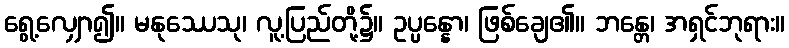
ရွေ့လျှော၍။ မနုဿေသု၊ လူ့ပြည်တို့၌။ ဥပ္ပန္နော၊ ဖြစ်ချေ၏။ ဘန္တေ၊ အရှင်ဘုရား။